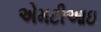
એમટીઆઇ